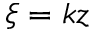
\xi = k z